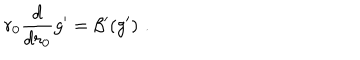
r _ { 0 } \frac { d } { d { r _ { 0 } } } g ^ { \prime } = \beta ^ { \prime } ( g ^ { \prime } ) \, \, .